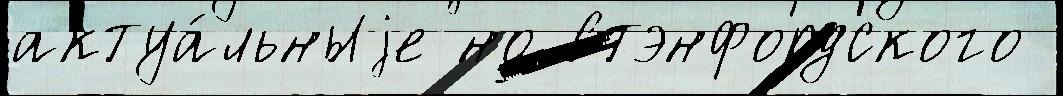
актуа́льныjе но Стэнфордского